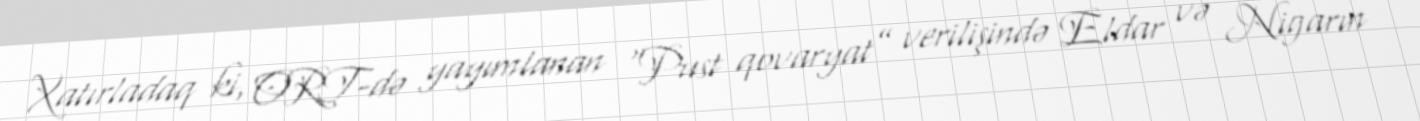
Xatırladaq ki, ORT-də yayımlanan “Pust qovaryat” verilişində Eldar və Nigarın